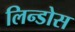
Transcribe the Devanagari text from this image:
लिन्डोस